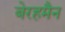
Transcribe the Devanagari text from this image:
बेरहमैन